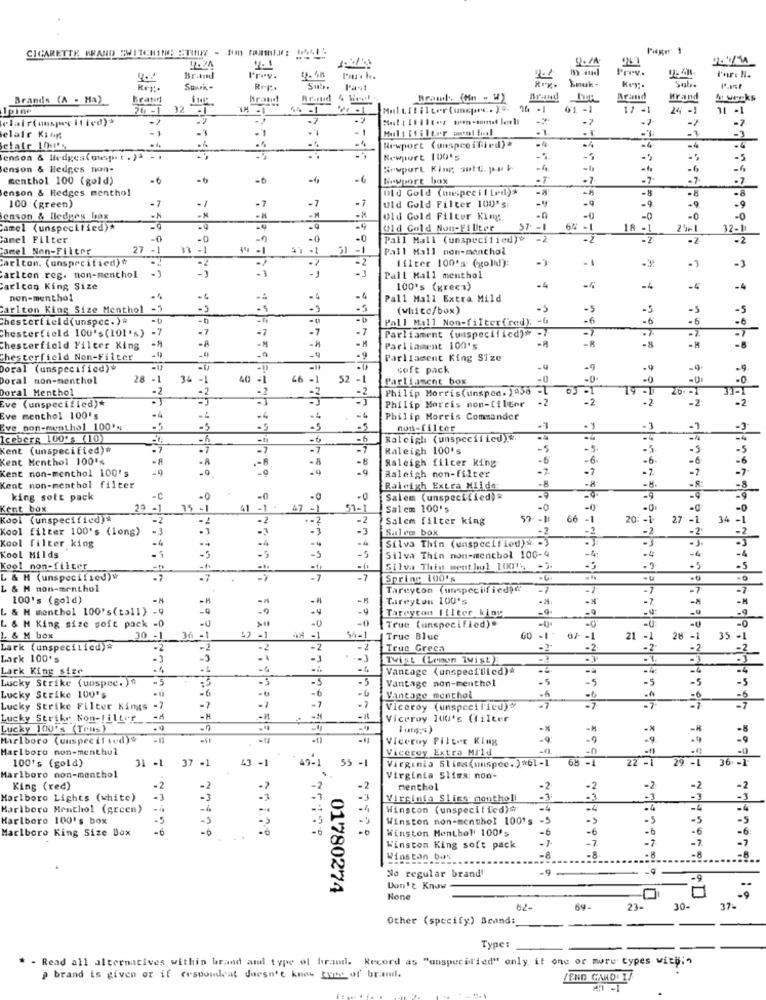
CIGARETTE WRAND SWITCHING TUUY - JUN FILM: 1441.
-
2.1
Prev.
Brand
Prev.
Para h.
Smuk-
Porc H.
Ker.
SawPk-
Sub. Past
Key.
Sol ..
Brands (A - Ha)
Brand
Brand 4 Week
Brand
Brand
Hrand
74-1 32 -1
LIVE
01 -1
17 -1
-2
-7
-7
elair Kiun
elatr IQu's
-
Newport (unspecified)*
Jenson & Hedges (unep. t . ) - .
Newport 100's
-5
-5
enson & Hedges non-
-4
-6
-6
menthol 100 (gold)
-6
-6
-6
-6
Newport box
.7
-7-
-7
enson & Hedges menthol
Old Gold (unspecified)>
-8
-8
-8
-7
100 (green)
-1
-7
-7
-1
Old Gold Filter 100's:
-n
-9
.9
-9
enson & lledges bax
-H
Old Gold Filter King.
-0
-0
-0
amel (unspecified)*
-9
-4
-4
Old Gold Non-Fi Uter
57 -1
64 -1
2401
amel Filter
-0
-0
-0
.0
Pall Mall (unspecified)*
-2
-2
12-11
-2
amel Non-Filter
27 -1
31 -1
31 -1
Pall Mall non-menthol
Carlton. (unspecified)#
-2
- 3
filter 100's: (golid):
-3
carlton reg. non-menthol -3
Pall Mall menthol
Sarlcon King Size
100's (green)
-4
-4
-4
non-menthol
-4
-4
-4
Pall Mall Extra Mild
Carlton King Size Menthol -5
-5
(whitc/box)
-5
-5
-5
Chesterfield(unspec.)*
-0
-U
Pall Mall Non-filter(red): - G
-6
-6
-6
Chesterfield 100's(101's)
-7
-7
Parliament (uaspecificd)# -
-8
Chesterfield Filter King
Parliament 100's
-8
Chesterfield Non-Filter
-4
-9
Parliament King Size
Doral (unspecified)"
soft pack
.9
-9
Doral non-menthol
28 -1
34 -1
40
46 -1
52 -1
Parliament box
-0
-0
-2
-2
-2
-2
Philip Morris(unsped. 1458 -
20:01
Doral Menthol
-2
-2
Eve (unspecified)*
Philip Morris mon-tilene
Eve menthol 100's
-4
-4
.4
.4
-4
Philip Morris Commander
Eve non-menthol 100's;
-5
-5
-5
non-filter
-3
Iceberg 100's (10)
-6
Raleigh (unspecified)
Kent (unspecified)*
7
Raleigh 100's
Kent Menthol 100's
-8
Raleigh filter King
Kent non-menthol 100's
-9
Raleigh non-filter
Kent non-menthol filter
Raleigh Extra Milda:
-8
king sott pack
-c
.0
-0
-0
Salem (unspecified)*
Kent box
29
-1
35 -1
47 -1
57-1
Salcm 100's
-0
.0
-0
Kool (unspecified)#
-2
Salem filter king
57 -- 11
66 -1
20: - 1
27 -1
-i
34 -1
Kool filter 100's (long)
. 1
-3
Salem box
.2
Kool filter king
Silva Thin (unspecified). . )
-
-5
-4
-4
-4
-4
Kool Milds
-5
Silva Thin non-menthol 106-4
Kool non-filter
-
Silva Thin menthol 10014 -3.
L & M (unspecified)#
-7
-7
Spring 100's
-6.
L & H non-menthol
Tareyton (unspecified)d'
100's (gold)
Tireyton 100's
L & H menthol 100's(tall) -9
-9
Tareyton filter king
-0
-0
-0
L & M King size soft pack -0
True (unspecified)"
-U
L & M box
30 -1
36 -1
-1
4H -1
Truc Bluc
00 -1
3/- - 1
21 -1
28 -1
35 -1
Lark (unspecified)*
-2
-2
True Greca
-2
-2
Lark 100's
-3
Twist (Leon Twist)
-1.
Lark King size
-4
Vantage (unspecified)^
Lucky Strike (unspec. ).
=5
-5
-5
Vantage non-menthol
-5
-5
-6
Lucky Strike 100's
-6
Vantage menthol
Lucky Strike Filter Kings
-7
-7
-7
-7
Viceroy (unspecified)#
Lucky Strike Non-Filter
-
Viceroy 100's (filter
Lucky 100's (Tens)
Marlboro (unspecified)+
Viceroy Pilter King
Marlboro non-menthul
Viceroy Extra Mild
100's (gold)
31 -1
37 -1
43
49-1
55 -1
Virginia Slims(unspee.)*61-1
78 -1
29 -L
361-1
Marlboro non-menthol
Virginia Slims: non-
King (red)
-2
-2
.2
menthol
-2
Marlboro Lights (white)
Virginia Slims montholl
-3
Marlboro Menthol (green)
-
Winston (unspecified)#
-4
Marlboro 100's box
Winston non-menthol 100's
-5
-5
Marlboro King Size Box
17179
Winston Menthol' 100's
- 6
Winston King soft pack
-7
Winston box
No regular brand'
-9
-9
01780274
Don't Know
69-
23-
30-
37-
Other (specify) Brand:
Type:
- Rend all alternatives within brand and type of brand. Record as "unspecified" only it one or more types with:"
brand is given or if respondeat doesn't know tute of brand.
ZEND CARD. 17.